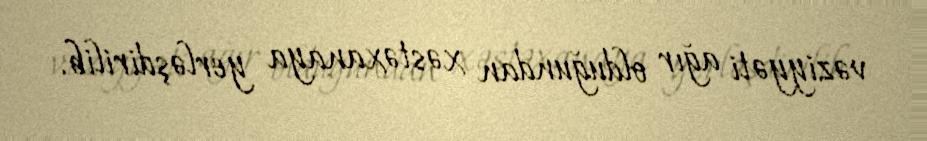
vəziyyəti ağır olduğundan xəstəxanaya yerləşdirilib.